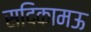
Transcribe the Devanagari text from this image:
सदिकामऊ